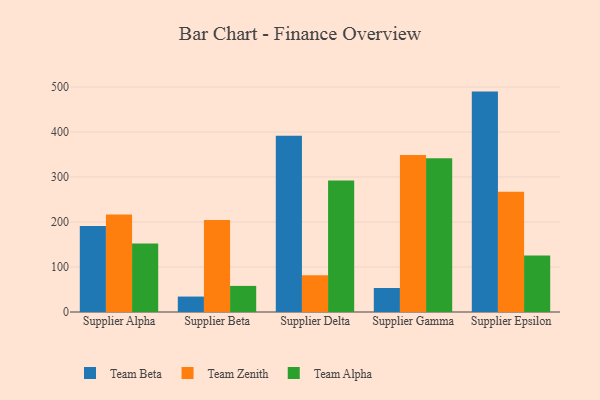
{"axis": {"x": "Supplier", "y": "Humidity (%)"}, "legend": ["Team Alpha", "Team Beta", "Team Zenith"], "data": [{"x": "Supplier Alpha", "y": 190.9, "type": "Team Beta"}, {"x": "Supplier Alpha", "y": 216.8, "type": "Team Zenith"}, {"x": "Supplier Alpha", "y": 152.4, "type": "Team Alpha"}, {"x": "Supplier Beta", "y": 34.3, "type": "Team Beta"}, {"x": "Supplier Beta", "y": 204.2, "type": "Team Zenith"}, {"x": "Supplier Beta", "y": 58.0, "type": "Team Alpha"}, {"x": "Supplier Delta", "y": 391.6, "type": "Team Beta"}, {"x": "Supplier Delta", "y": 81.6, "type": "Team Zenith"}, {"x": "Supplier Delta", "y": 292.4, "type": "Team Alpha"}, {"x": "Supplier Gamma", "y": 53.3, "type": "Team Beta"}, {"x": "Supplier Gamma", "y": 348.6, "type": "Team Zenith"}, {"x": "Supplier Gamma", "y": 341.5, "type": "Team Alpha"}, {"x": "Supplier Epsilon", "y": 489.7, "type": "Team Beta"}, {"x": "Supplier Epsilon", "y": 267.3, "type": "Team Zenith"}, {"x": "Supplier Epsilon", "y": 125.3, "type": "Team Alpha"}]}